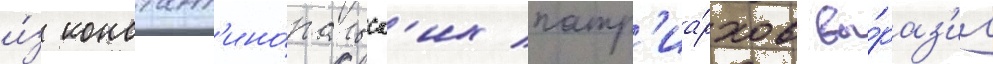
и́з констант'ино́польск'их патр'иа́рхов вы́раз'ил